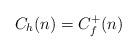
LaTeX: \begin{align*}C_{h}(n)=C_{f}^{+}(n)\end{align*}